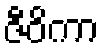
ဇီဝိကာ